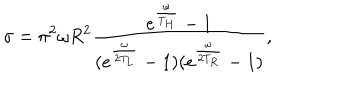
LaTeX: \sigma = \pi ^ { 2 } \omega R ^ { 2 } \frac { e ^ { \frac { \omega } { T _ { H } } } - 1 } { ( e ^ { \frac { \omega } { 2 T _ { L } } } - 1 ) ( e ^ { \frac { \omega } { 2 T _ { R } } } - 1 ) } ,